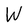
Character: W